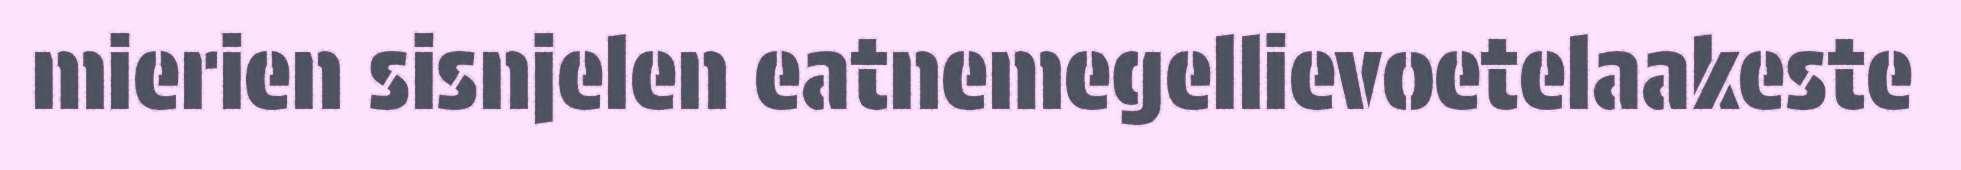
mierien sisnjelen eatnemegellievoetelaakeste